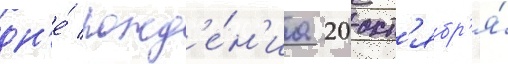
дн'е́ рожд'е́н'иа 20 окт'ябр'я́